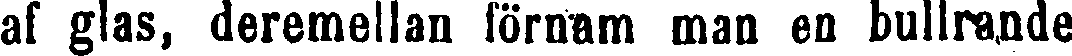
af glas, deremellan förnam man en bullrande